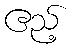
ဧည့်